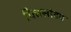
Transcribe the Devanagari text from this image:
पित्तसांद्रव